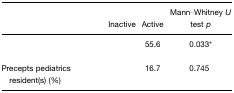
<table><thead><tr><td>[EMPTY_CELL]</td><td><b>Inactive</b></td><td><b>Active</b></td><td><b>Mann–Whitney <i>U</i> test <i>p</i></b></td></tr></thead><tbody><tr><td>[EMPTY_CELL]</td><td>[EMPTY_CELL]</td><td>55.6</td><td>0.033*</td></tr><tr><td>Precepts pediatrics resident(s) (%)</td><td>[EMPTY_CELL]</td><td>16.7</td><td>0.745</td></tr></tbody></table>